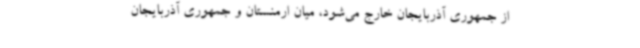
از جمهوری آذربایجان خارج می‌شود، میان ارمنستان و جمهوری آذربایجان